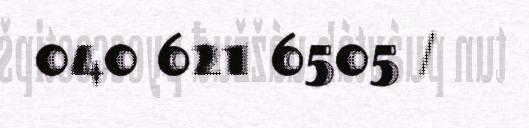
040 621 6505 /